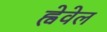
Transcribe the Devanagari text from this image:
ह्वेवेल